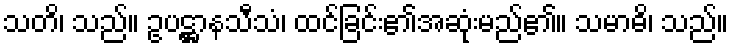
သတိ၊ သည်။ ဥပဋ္ဌာနသီသံ၊ ထင်ခြင်း၏အဆုံးမည်၏။ သမာဓိ၊ သည်။